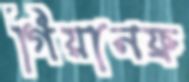
গিয়ানফ্র